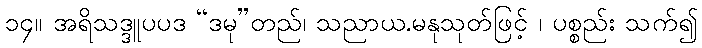
၁၄။ အရိသဒ္ဒူပပဒ “ဒမု”တည်၊ သညာယ.မနုသုတ်ဖြင့် ၊ ပစ္စည်း သက်၍